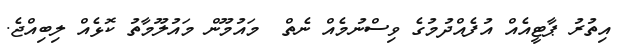
އިތުރު ޕާޓީއެއް އުފެއްދުމުގެ ވިސްނުމެއް ނެތް  މައުމޫން މައުލޫމާތު ކޮޅެއް ލިބިއްޖެ.